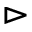
\vartriangleright